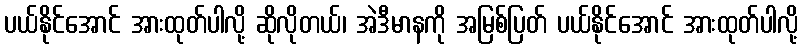
ပယ်နိုင်အောင် အားထုတ်ပါလို့ ဆိုလိုတယ်၊ အဲဒီမာနကို အမြစ်ပြတ် ပယ်နိုင်အောင် အားထုတ်ပါလို့